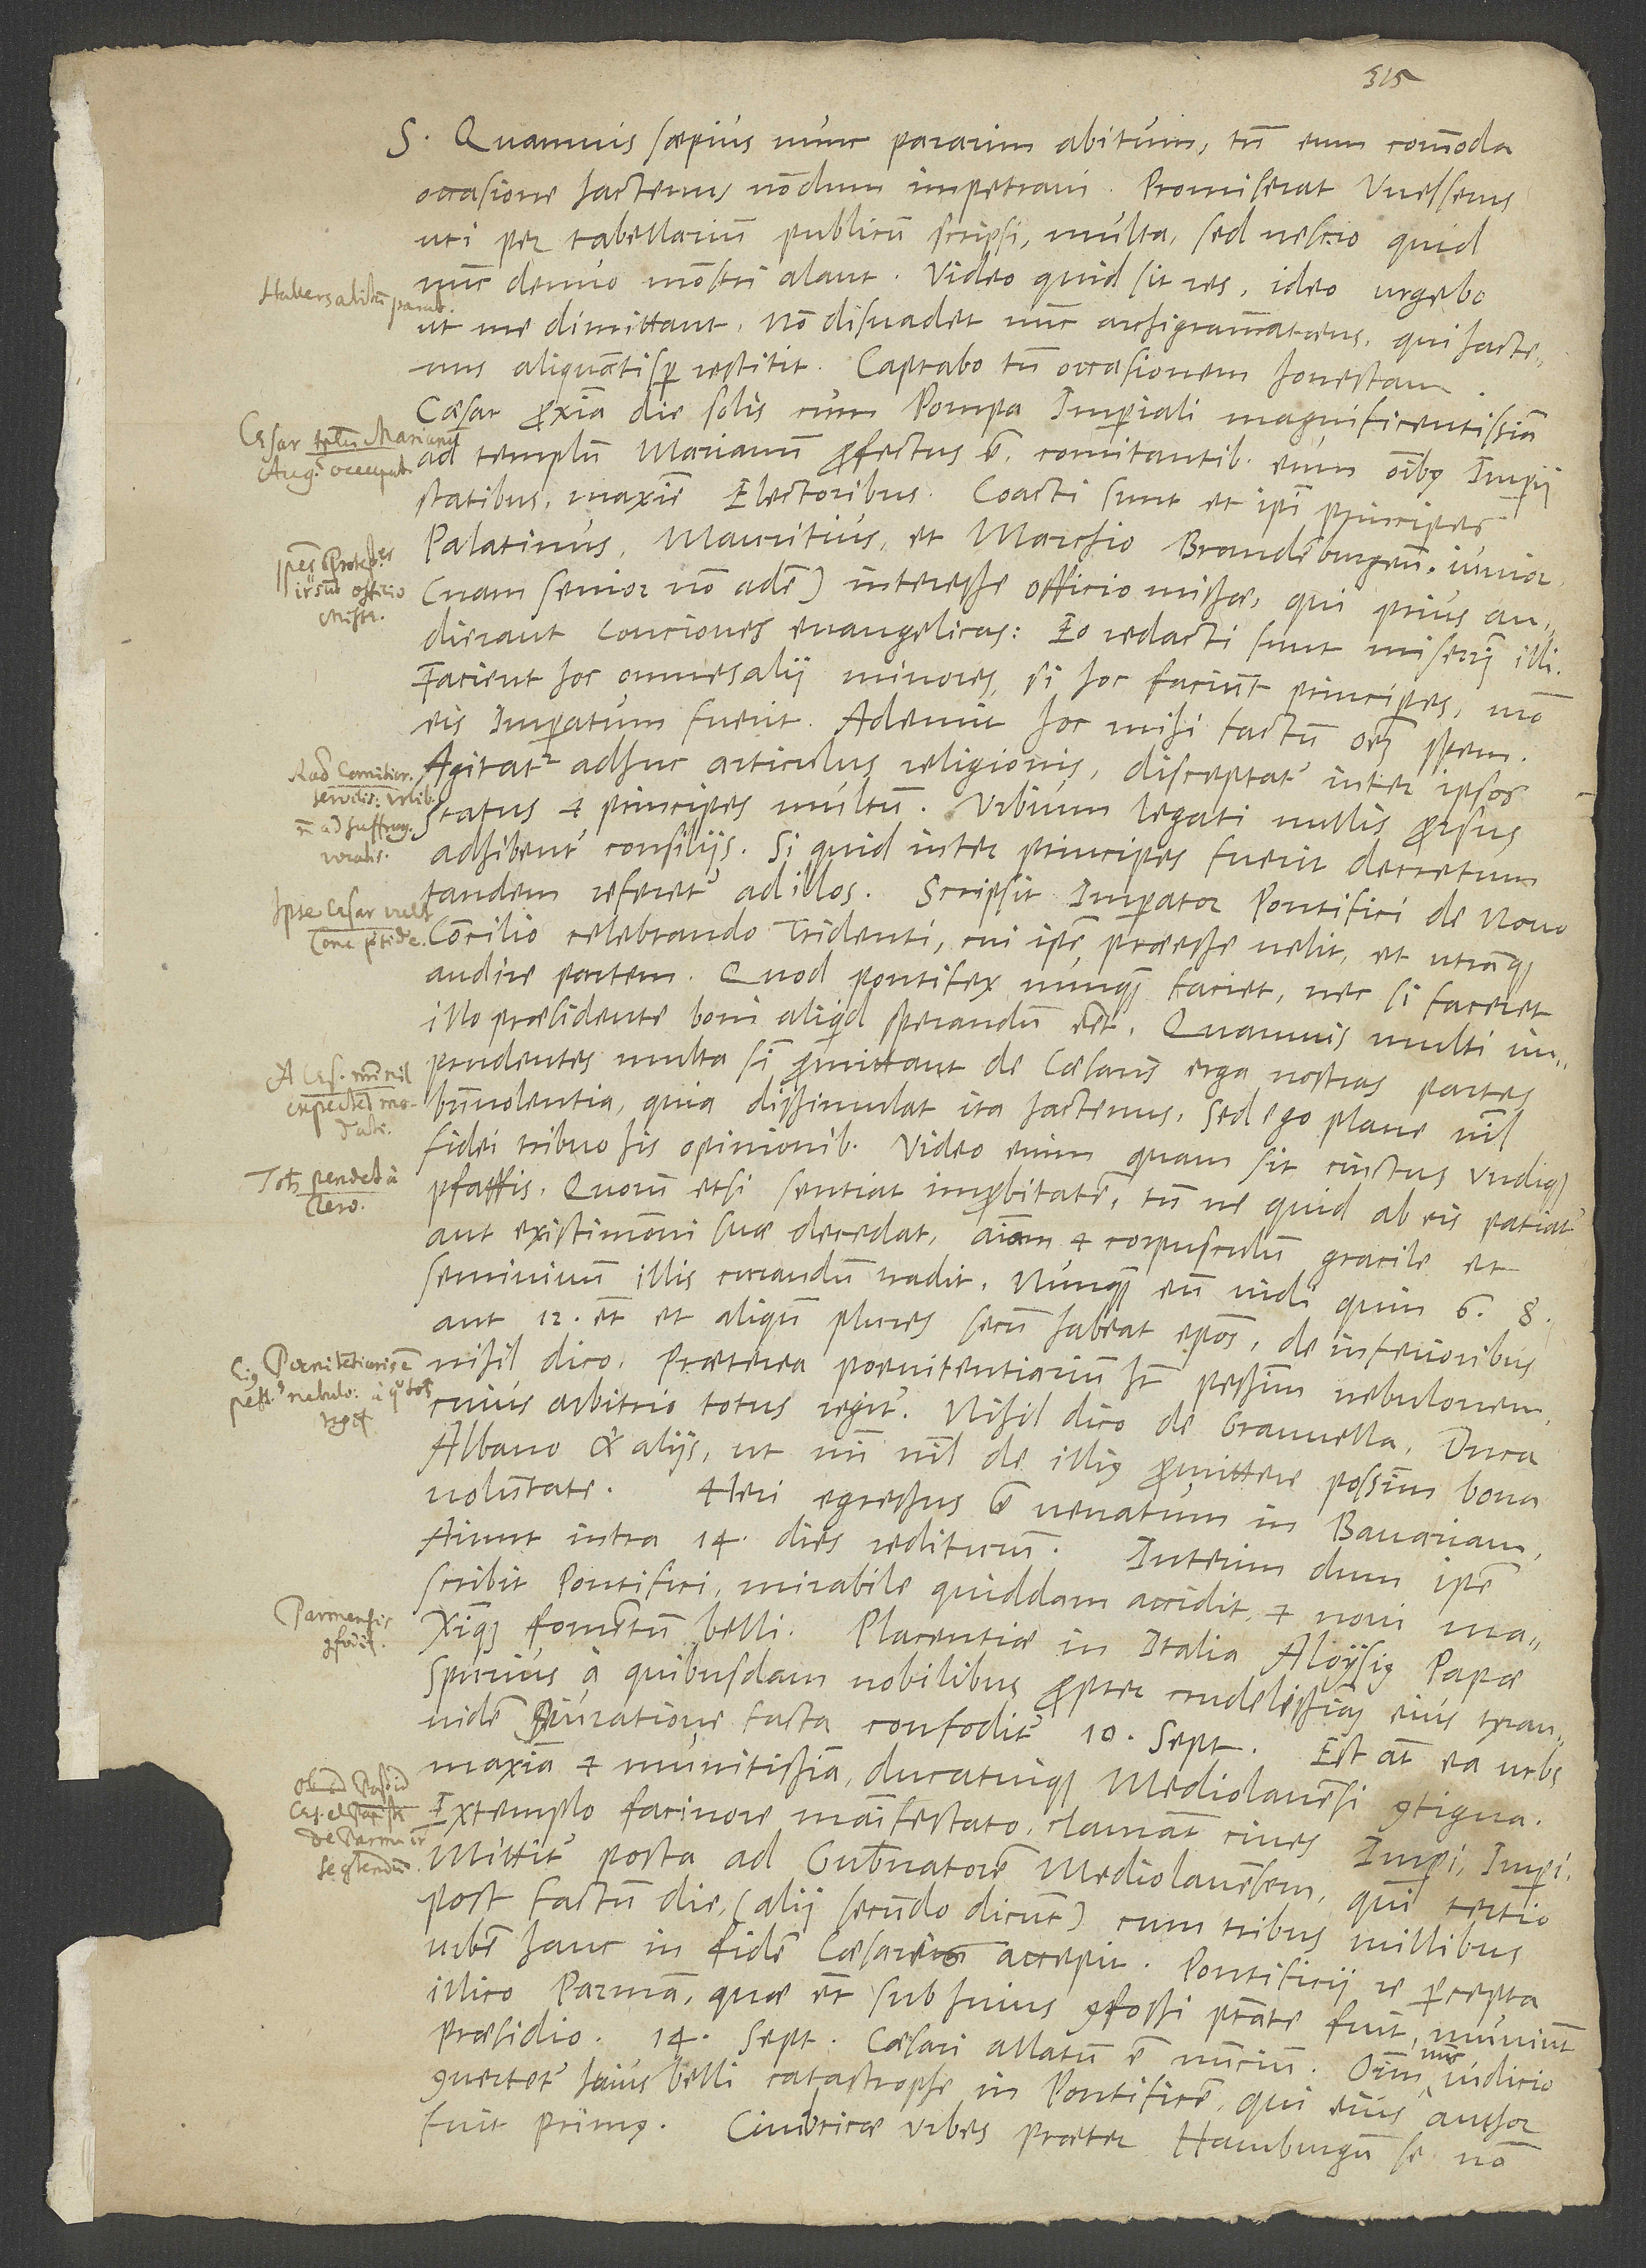
S. Quamvis saepius nunc pararim abitum, tamen eum commoda
occasione hactenus nondum impetravi. Promiserat Welserus,
uti per tabellarium publicum scripsi, multa, sed nescio, quid
nunc denuo monstri alant. Video, quid sit res; ideo urgebo,
ut me dimittant. Non disuadet nunc archigramma taeus, qui hactenus
aliquantisper restitit. Captabo tamen occasionem honestam.
Caesar proxima die solis cum pompa imperiali magnificentissima
ad templum Marianum profectus est comitantibus eum omnibus imperii
statibus, maxime electoribus. Coacti sunt et ipsi principes
Palatinus, Mauritius et marchio Brandenburgensis iunior(nam
audierant conciones evangelicas. Eo redacti sunt miserrimi illi!
Facient hoc omnes alii minores, si hoc faciunt principes, modo
eis imperatum fuerit. Ademit hoc mihi factum omnem spem!
Agitatur adhuc articulus religionis. Disceptatur inter ipsos
status et principes multum. Urbium legati nullis prorsus
adhibentur consiliis. Si quid inter principes fuerit decretum,
tandem referetur ad illos. Scripsit imperator pontifici de novo
concilio celebrando Tridenti, cui ipse praeesse velit et utramque
audire partem; quod pontifex nunquam faci et, nec, si faceret,
illo praesidente boni aliquid sperandum esset, quamvis multi
imprudentes multa sibi promittant de caesaris erga nostras partes
benevolentia, quia dissimulat ita hactenus. Sed ego plane nihil
fidei tribuo his opinionibus. Video enim, quam sit cinctus undique
pfaffis, quorum etsi sentiat improbitatem, tamen, ne quid ab eis patiatur
aut existimationi suae decedat, animam et corpusculum gracile et
semivivum illis curandum tradit. Nunquam enim vidi, quin 6, 8
aut 12 etiam et aliquando plures secum habeat episcopos - de inferioribus
nihil dico. Praeterea poenitentiarium habet pessimum nebulonem,
cuius arbitrio totus regitur. Nihil dico de Granvella, duca
Albano et aliis, ut mihi nihil de illius promittere possim bona
voluntate. Heri egressus est venatum in Bavariam.
Aiunt intra 14 dies rediturum.
Interim, dum ipse
scribit pontifici, mirabile quiddam accidit et novi maximique
fomentum belli. Placentiae in Italia Aloysius, papae
spurius, a quibusdam nobilibus propter crudelissimam eius tyrannidem
coniuratione facta confoditur 10. septembris. Est autem ea urbs
maxima et munitissima ducatuique Mediolanensi contigua.
Extemplo facinore manifestato clamant cives: „Imperi, imperi!“
Mittitur posta ad gubernatorem Mediolanensem, qui tertio
post factum die (alii secundo dicunt) cum tribus millibus
urbem hanc in fidem caesaris accepit. Pontificii re percepta
illico Parmam, quae etiam sub huius confossi potestate fuit, muniunt
praesidio. 14. septembris caesari allatum est nuncium. Omnium nunc iudicio
convertetur huius belli catastrophe in pontificem, qui eius author
fuit primus. Cimbricae urbes praeter Hamburgum se non